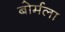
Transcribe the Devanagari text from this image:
बोर्मला